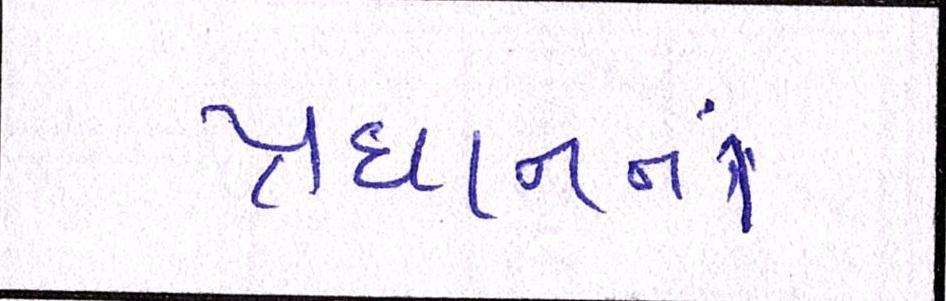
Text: પ્રધાનનાં